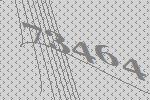
73464